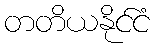
တတိယနိုင်ငံ